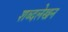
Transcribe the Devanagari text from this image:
शब्दलेखन